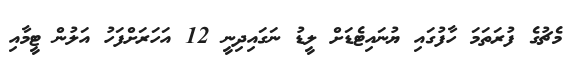
މެޗުގެ ފުރަތަމަ ހާފުގައި ޔުނައިޓެޑަށް ލީޑު ނަގައިދިނީ 12 އަހަރަށްފަހު އަލުން ޓީމާއި